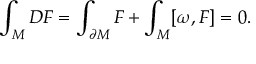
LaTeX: \int _ { M } D F = \int _ { \partial M } F + \int _ { M } [ \omega , F ] = 0 .